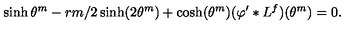
\sinh \theta ^ { m } - r m / 2 \sinh ( 2 \theta ^ { m } ) + \cosh ( \theta ^ { m } ) ( \varphi ^ { \prime } \ast L ^ { f } ) ( \theta ^ { m } ) = 0 .